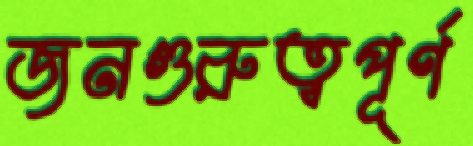
জনগুরুত্বপূর্ণ